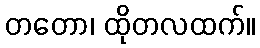
တတော၊ ထိုတလထက်။